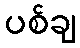
ပစ်ချ